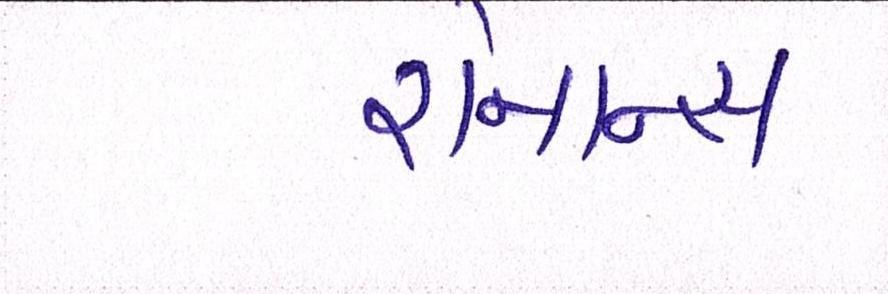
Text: રોમાન્સ